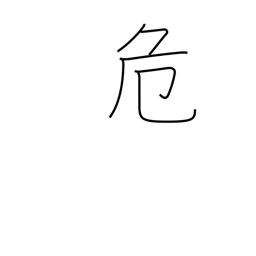
Meaning: uneasy